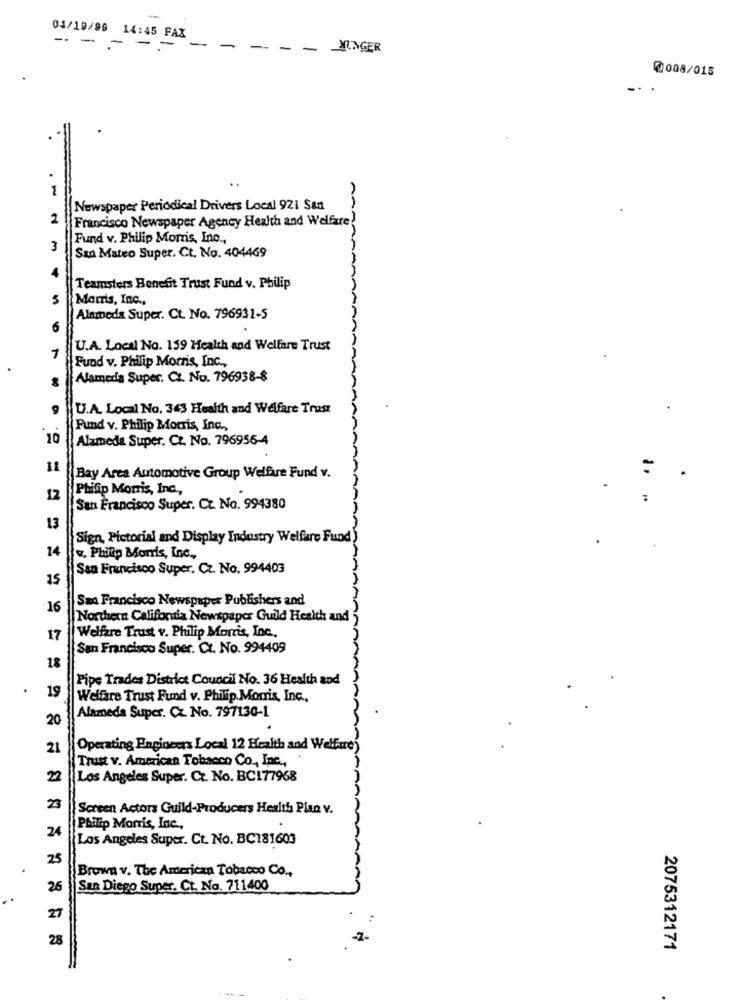
-
04/19/99 14:45 FAX
- - - --
-
-
- - JUNGER
@008/015
=
1
Newspaper Periodical Drivers Local 921 San
2
Francisco Newspaper Agency Health and Welfare!
Fund v. Philip Morris, Inc .,
San Mateo Super, Ct. No. 404469
Teamsters Benefit Trust Fund v. Philip
5
Morris, Inc .,
Alameda Super. Ct. No. 796931-5
U.A. Local No. 159 Health and Welfare Trust
Fund v. Philip Morris, Inc .,
Alameda Super. Ct. No. 796938-8
U.A. Local No. 343 Health and Welfare Trust
Fund v. Philip Morris, Inc .,
10
Alameda Super. Ct. No. 796956-4
11
Bay Area Automotive Group Welfare Fund v.
.
Philip Morris, Inc .,
12
San Francisco Super. Ct. No. 994380
13
Sign, Pictorial and Display Industry Welfare Fund)
14
w. Philip Morris, Inc .,
San Francisco Super. Cz. No. 994403
15
San Francisco Newspaper Publishers and
16
Northern California Newspaper Guild Health and
17
Welfare Trust v. Philip Morris, Inc .,
San Francisco Super. Ct. No. 994409
18
Pipe Trades District Council No. 36 Health and
19
Welfare Trust Fund v. Philip Morris, Inc .,
20
Alameda Super. CZ No. 797130-1
21
Operating Engineers Local 12 Health and Welfare)
Trust v. American Tobacco Co ., Inc .,
2
Los Angeles Super. Cz. No. BC177968
23
Screen Actors Guild-Producers Health Plan v.
24
Philip Morris, Inc .,
Los Angeles Super. Ct. No. BC181603
25
Brown v. The American Tobacco Co .,
San Diego Super. Ct. No. 711400
27
28
2075312171